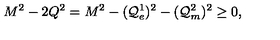
M ^ { 2 } - 2 Q ^ { 2 } = M ^ { 2 } - ( { \cal Q } _ { e } ^ { 1 } ) ^ { 2 } - ( { \cal Q } _ { m } ^ { 2 } ) ^ { 2 } \geq 0 ,